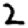
Digit: 2